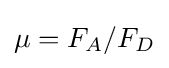
\mu =F_{A}/F_{D}